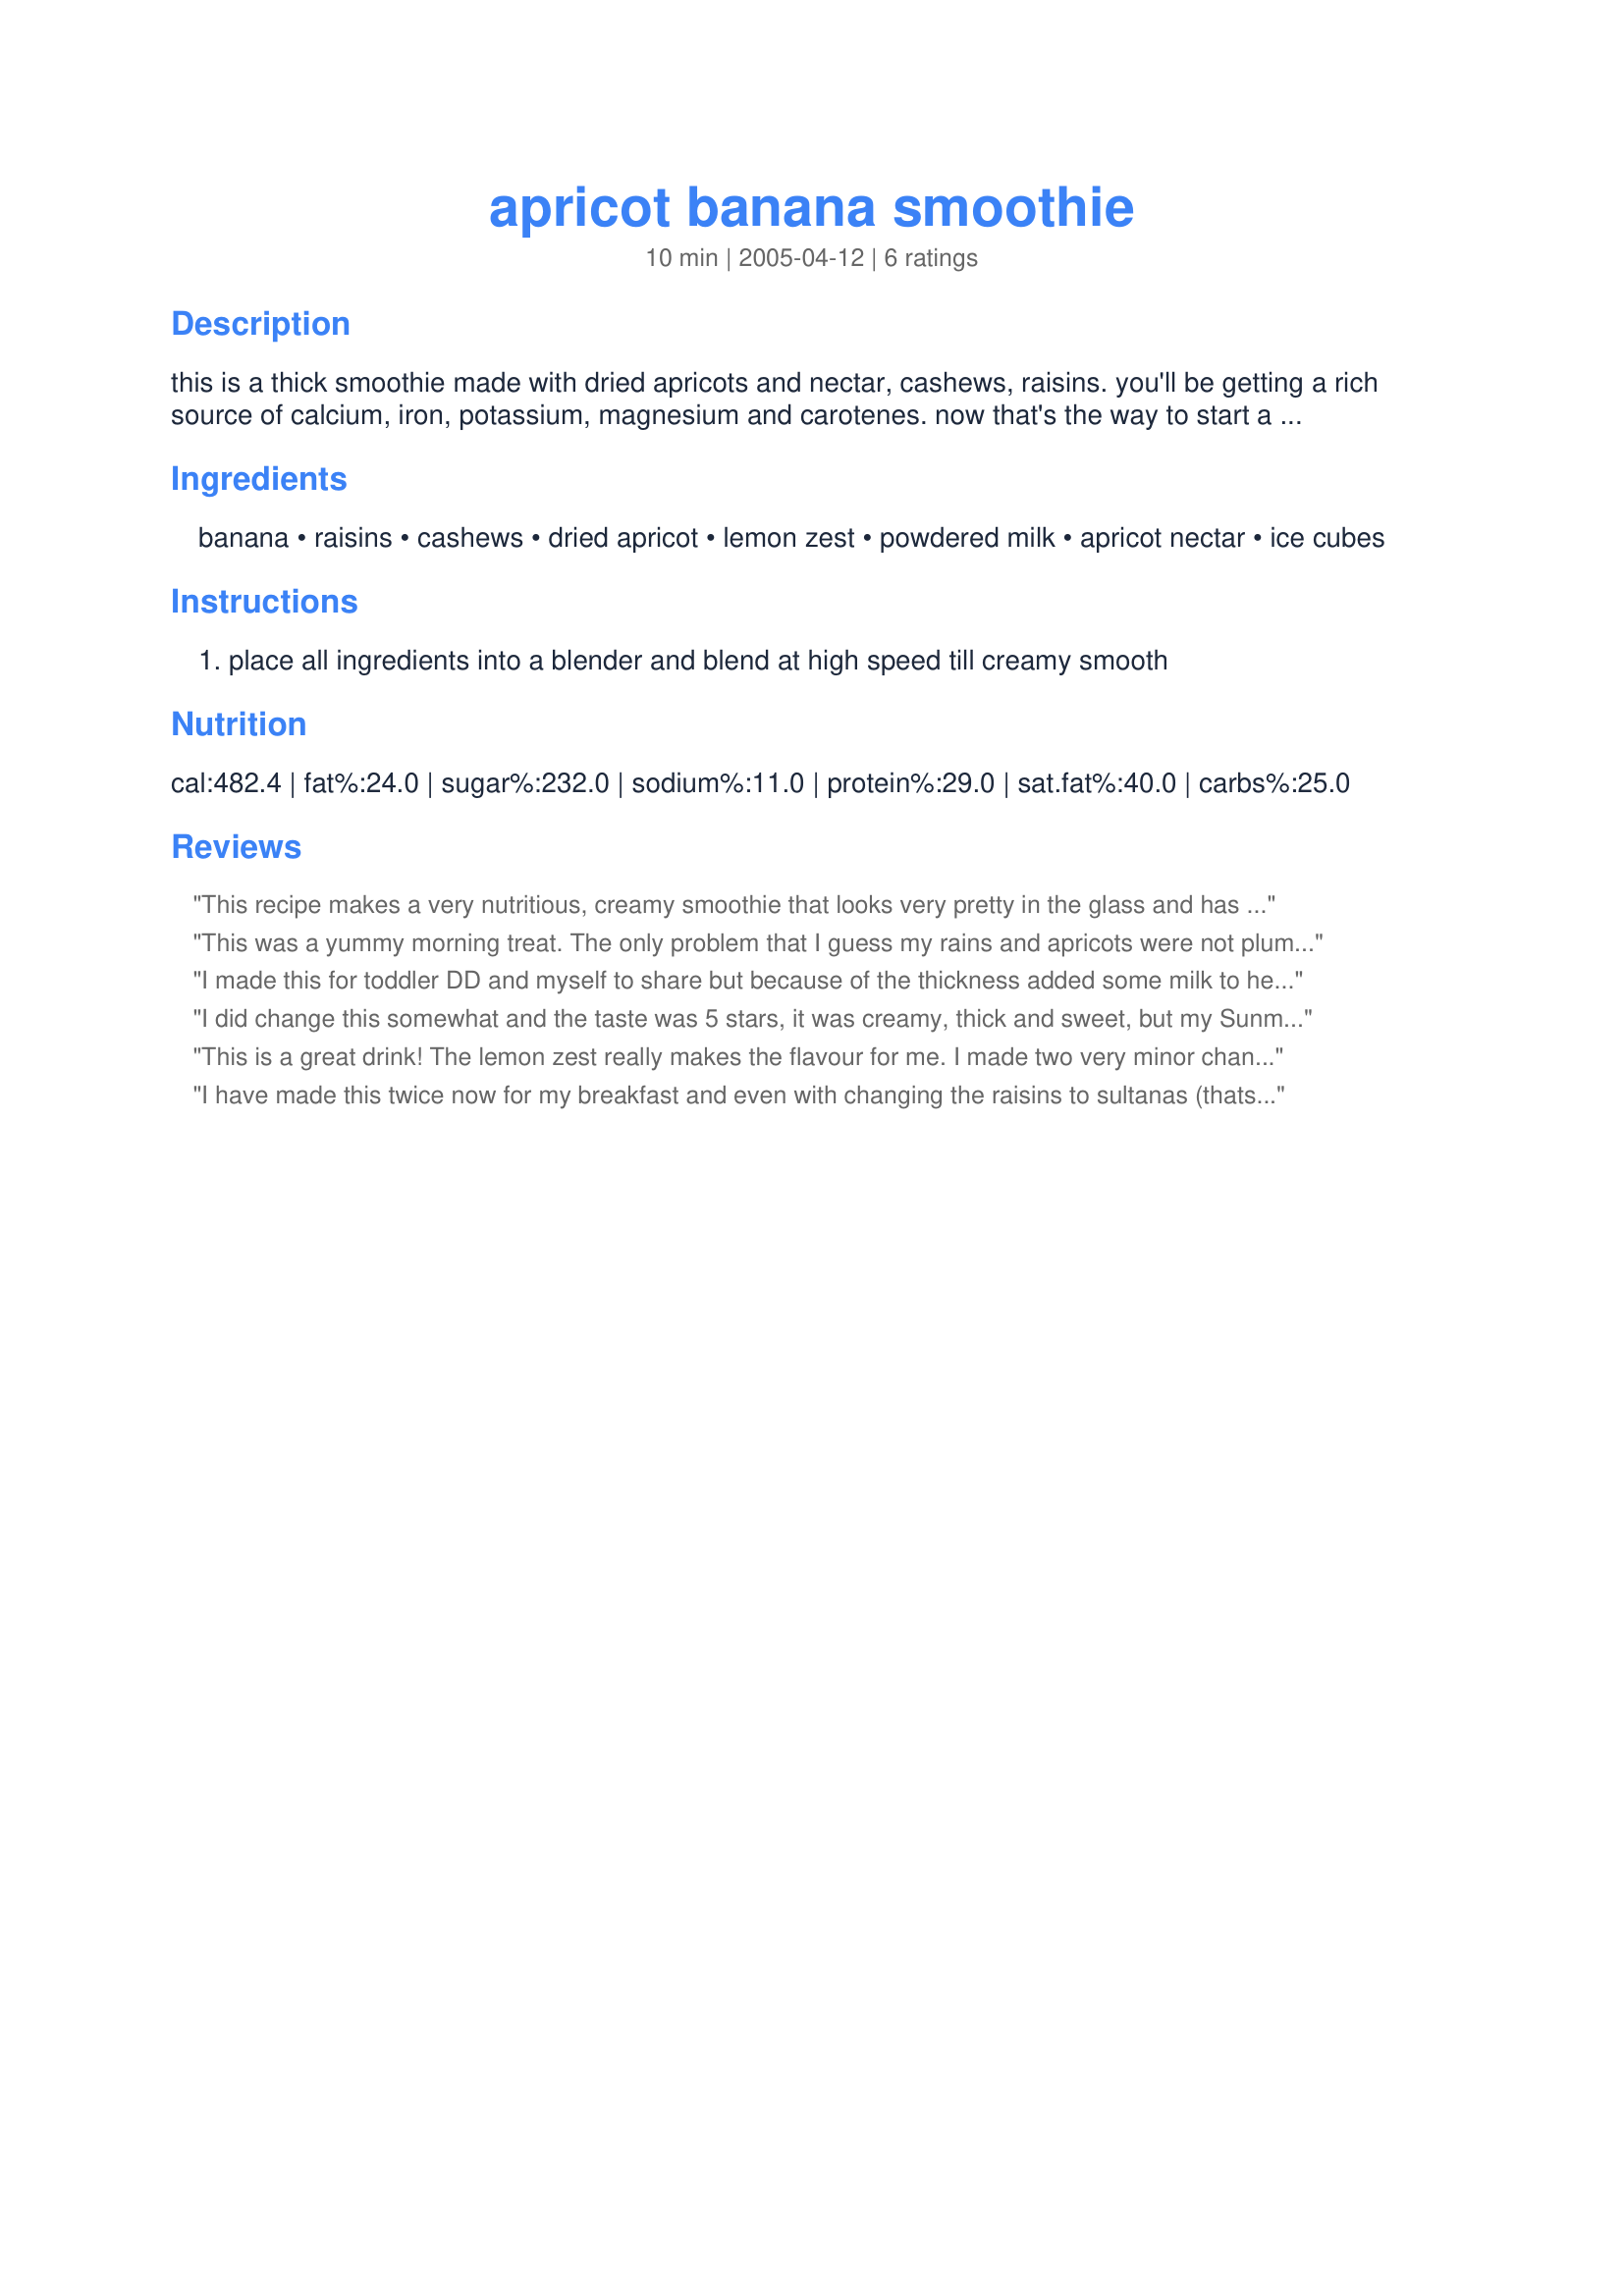
apricot banana smoothie
Preparation time: 10 minutes

this is a thick smoothie made with dried apricots and nectar, cashews, raisins. you'll be getting a rich source of calcium, iron, potassium, magnesium and carotenes.
now that's the way to start a day! or a healthy lunch. be sure to use fresh plump dried apricot and raisins. if not be sure to rehydrate.

Ingredients:
banana, raisins, cashews, dried apricot, lemon zest, powdered milk, apricot nectar, ice cubes

Steps:
place all ingredients into a blender and blend at high speed till creamy smooth

Reviews:
This recipe makes a very nutritious, creamy smoothie that looks very pretty in the glass and has an interesting taste. It either needs a little sweetener or very ripe bananas, or maybe both.
This was a yummy morning treat. The only problem that I guess my rains and apricots were not plump enough, because they did not blend entirely and I ended up chewing some parts of my smoothie, lol! I also would add a touch of sugar as I like my stuff really sweet. Thanks for posting!
I made this for toddler DD and myself to share but because of the thickness added some milk to hers to thin it out a little. This was lovely and creamy and a great after kinder snack, the only thing miss DD complained about was the "chunky" bits of raisin that hadn't quite blended properly. If I make again I think I will soak the raisins to make them a bit softer & thus easier to blend. Thanks for posting this healthy & nutricious snack!
I did change this somewhat and the taste was 5 stars, it was creamy, thick and sweet, but my Sunmaid Thompson raisins did not blend in properly and I would probably leave them out next time. I used 1/4 cup Balkan (thick) yogurt instead of powdered milk, my banana was really ripe and cold from the fridge, I liked the addition of lemon zest in this, I used 3 very soft dried apricots & mango nectar as that is what I had on hand. I did not add ice cubes but added a dash of spring water, plus the cashews. I may make this again without the raisins. Made for Veggie Swap 31 ~ February 2011.
This is a great drink! The lemon zest really makes the flavour for me. I made two very minor changes - one, I added an extra apricot (the one looked so small all by itself) and two, I blended the fruit, nuts and nectar first before adding the other ingredients, since I wasn't sure whether my blender would get the nuts smooth enough otherwise. Texture was lovely and smooth in the end. Thanks for this recipe!
I have made this twice now for my breakfast and even with changing the raisins to sultanas (thats all I had!) and using a frozen banana in place of the banana & ice cubes and adding a little apricot yoghurt the first time,it also worked well with using a 150g pottle of apricot yogurt in place of the dried milk the second time of making (other ingredients as for first time). Either way its a sure winner for me :)
